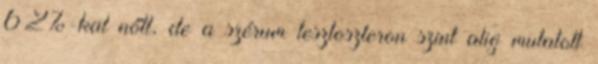
62%-kal nőtt, de a szérum tesztoszteron szint alig mutatott